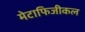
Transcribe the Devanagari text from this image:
मेटाफिजीकल